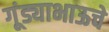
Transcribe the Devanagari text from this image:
गूंड्याभाऊचे